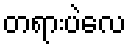
တရားပဲလေ